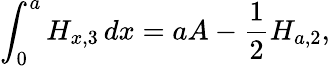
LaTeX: \int_{0}^{a}H_{x,3}\, dx=aA-{\frac{1}{2}}H_{a,2},